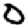
Digit: 0